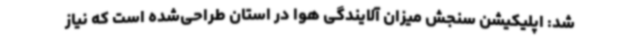
شد: اپلیکیشن سنجش میزان آلایندگی هوا در استان طراحی‌شده است که نیاز